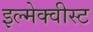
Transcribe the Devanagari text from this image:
इल्मेक्वीस्ट